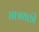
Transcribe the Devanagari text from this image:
छात्रशक्ती